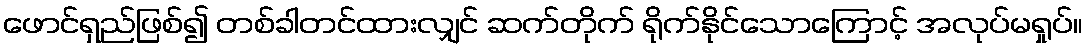
ဖောင်ရှည်ဖြစ်၍ တစ်ခါတင်ထားလျှင် ဆက်တိုက် ရိုက်နိုင်သောကြောင့် အလုပ်မရှုပ်။